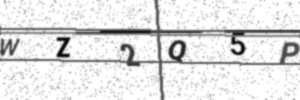
Text: WZ2Q5P